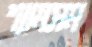
শ্যামসম